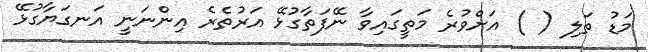
މަޑު ތަލި ( ) އަށްވުރެ މަތީގައިވާ ނޭފަތާގުޅޭ އަރުތެރެ އިންނަނީ އަނގަޔާގުޅޭ